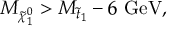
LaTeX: M _ { \tilde { \chi } _ { 1 } ^ { 0 } } > M _ { \tilde { t } _ { 1 } } - 6 \mathrm { ~ G e V } ,